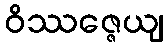
ဝိဿဇ္ဇေယျ